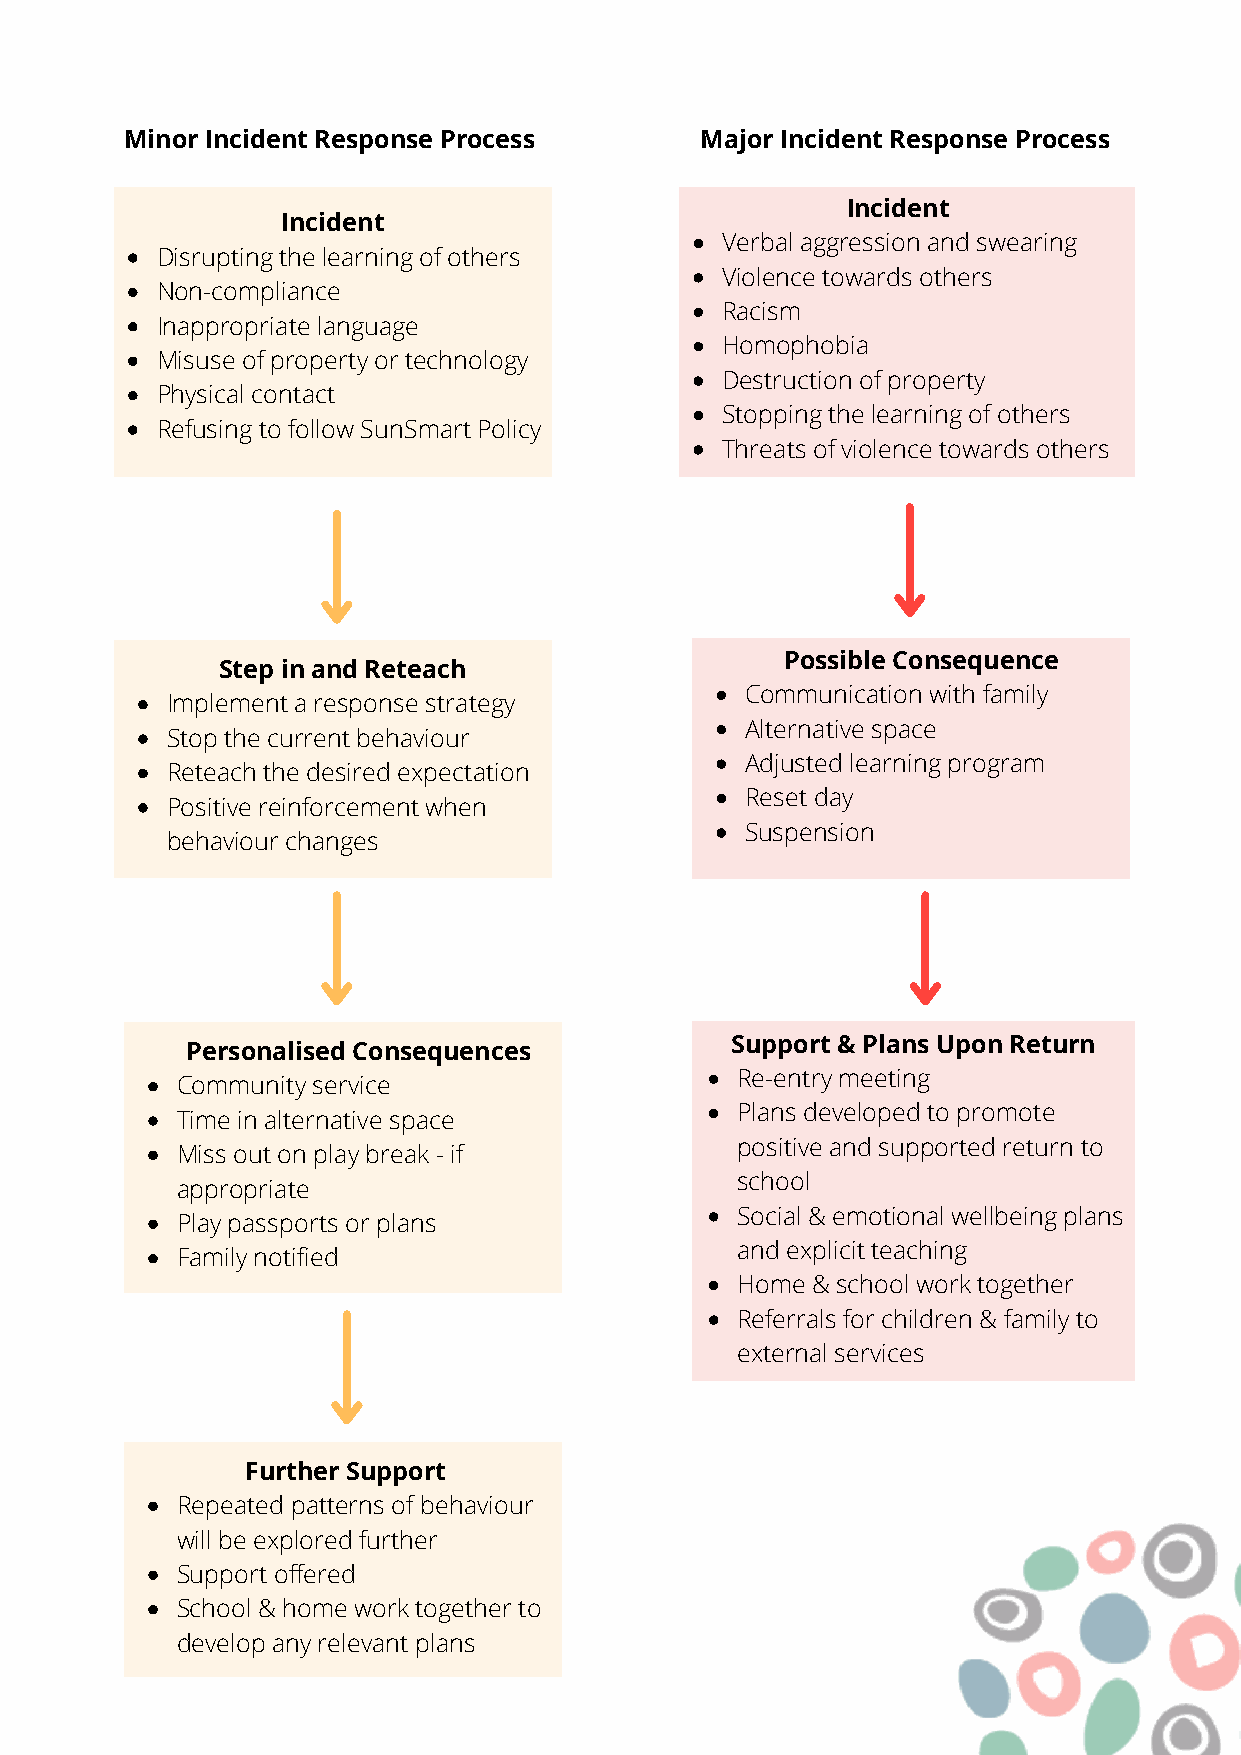
Minor Incident Response Process       Major Incident Response Process
 Incident
 Incident
 Verbal aggression and swearing
 Disrupting the learning of others
 Violence towards others
 Non-compliance
 Racism
 Inappropriate language
 Homophobia
 Misuse of property or technology
 Destruction of property
 Physical contact
 Stopping the learning of others
 Refusing to follow SunSmart Policy
 Threats of violence towards others
 Possible Consequence
 Step in and Reteach
 Communication with family
 Implement a response strategy
 Alternative space
 Stop the current behaviour
 Adjusted learning program
 Reteach the desired expectation
 Reset day
 Positive reinforcement when
 Suspension
 behaviour changes
 Support & Plans Upon Return
 Personalised Consequences
 Re-entry meeting
 Community service
 Plans developed to promote
 Time in alternative space
 positive and supported return to
 Miss out on play break - if
 school
 appropriate
 Social & emotional wellbeing plans
 Play passports or plans
 and explicit teaching
 Family notified
 Home & school work together
 Referrals for children & family to
 external services
 Further Support
 Repeated patterns of behaviour
 will be explored further
 Support offered
 School & home work together to
 develop any relevant plans